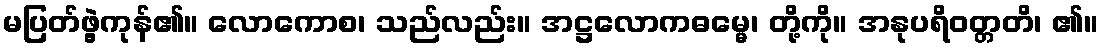
မပြတ်ဖွဲ့ကုန်၏။ လောကောစ၊ သည်လည်း။ အဋ္ဌလောကဓမ္မေ၊ တို့ကို။ အနုပရိဝတ္တတိ၊ ၏။